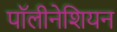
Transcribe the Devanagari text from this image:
पॉलीनेशियन